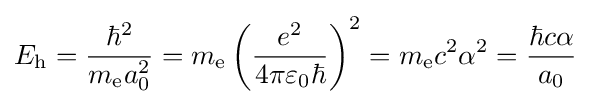
E_{\mathrm {h} }={\hbar ^{2} \over {m_{\mathrm {e} }a_{0}^{2}}}=m_{\mathrm {e} }\left({\frac {e^{2}}{4\pi \varepsilon _{0}\hbar }}\right)^{2}=m_{\mathrm {e} }c^{2}\alpha ^{2}={\hbar c\alpha  \over {a_{0}}}